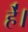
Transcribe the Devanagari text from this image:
हे॑।